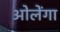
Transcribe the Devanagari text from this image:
ओलेंगा